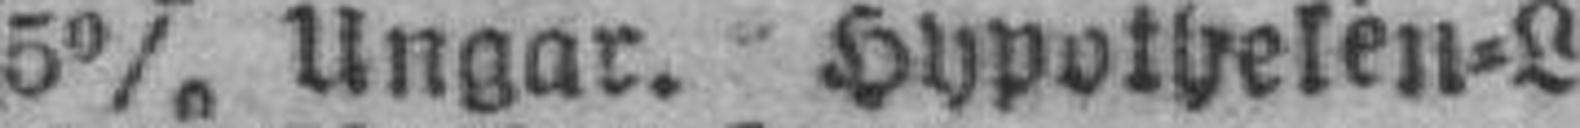
5% Ungar. Hypotkeken=L